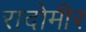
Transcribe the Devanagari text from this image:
रादोमीर